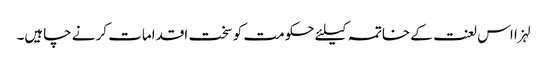
لہزا اس لعنت کے خاتمہ کیلئے حکومت کو سخت اقدامات کرنے چاہیں۔